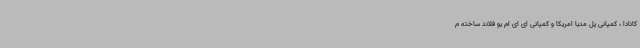
کانادا ، کمپانی پل مدیا امریکا و کمپانی ای ای ام یو فلاند ساخته م